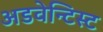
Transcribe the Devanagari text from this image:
अडवेन्टिस्ट